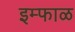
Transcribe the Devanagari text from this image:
इम्फाळ